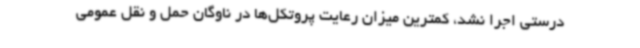
درستی اجرا نشد، کمترین میزان رعایت پروتکل‌ها در ناوگان حمل و نقل عمومی